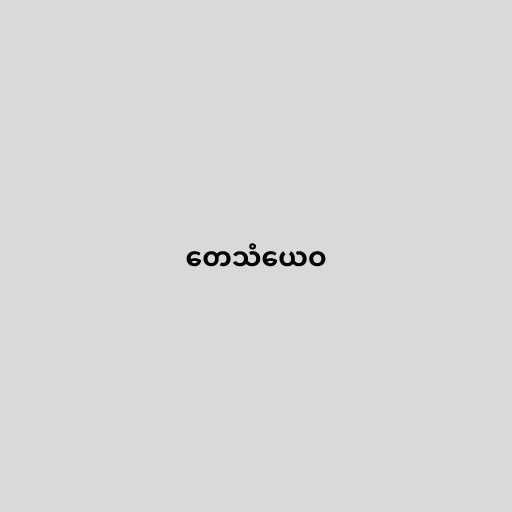
တေသံယေဝ